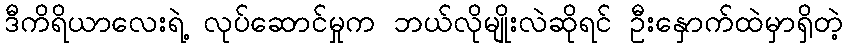
ဒီကိရိယာလေးရဲ့ လုပ်ဆောင်မှုက ဘယ်လိုမျိုးလဲဆိုရင် ဦးနှောက်ထဲမှာရှိတဲ့